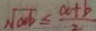
\sqrt { a b } \leq \frac { a + b } { 2 }